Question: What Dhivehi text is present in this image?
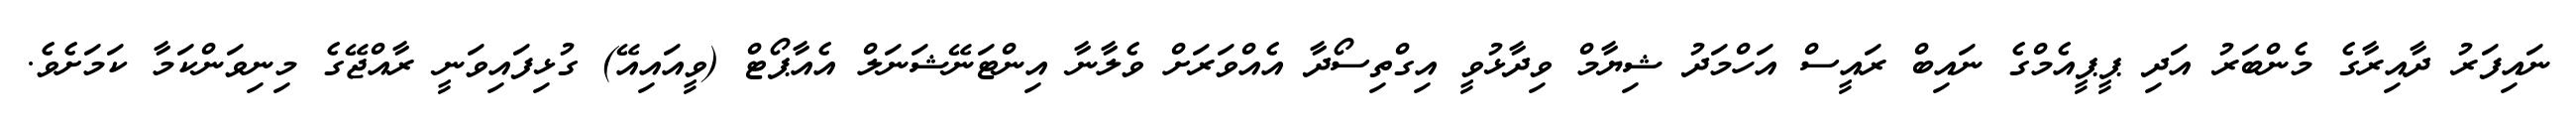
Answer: ނައިފަރު ދާއިރާގެ މެންބަރު އަދި ޕީޕީއެމްގެ ނައިބް ރައީސް އަހްމަދު ޝިޔާމް ވިދާޅުވީ އިގްތިސޯދާ އެއްވަރަށް ވެލާނާ އިންޓަނޭޝަނަލް އެއާޕޯޓް (ވީއައިއޭ) ގުޅިފައިވަނީ ރާއްޖޭގެ މިނިވަންކަމާ ކަމަށެވެ.